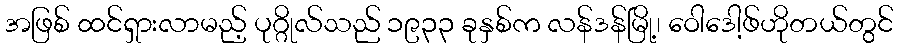
အဖြစ် ထင်ရှားလာမည့် ပုဂ္ဂိုလ်သည် ၁၉၃၃ ခုနှစ်က လန်ဒန်မြို့၊ ဝေါဒေါ့ဖ်ဟိုတယ်တွင်